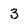
Character: 3